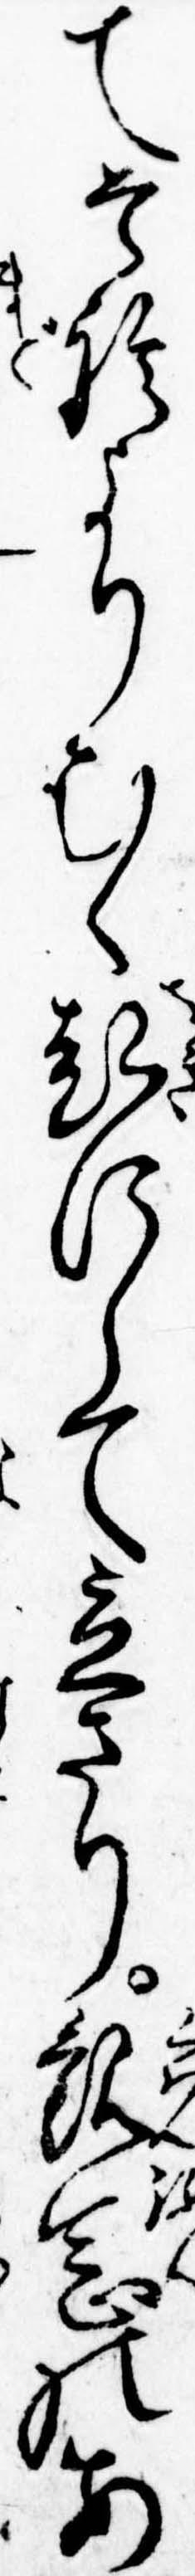
てそれよりむく起にして立さり観念のあ